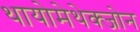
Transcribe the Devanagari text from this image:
थायोमेथेक्‍जोन